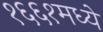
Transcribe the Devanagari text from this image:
१६६१मध्ये